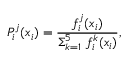
P _ { i } ^ { j } ( x _ { i } ) = \frac { f _ { i } ^ { j } ( x _ { i } ) } { \Sigma _ { k = 1 } ^ { 5 } \ f _ { i } ^ { k } ( x _ { i } ) } ,